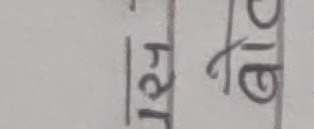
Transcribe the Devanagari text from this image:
१२५ तेरो